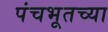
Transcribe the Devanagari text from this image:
पंचभूतच्या